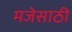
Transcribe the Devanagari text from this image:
मजेसाठी